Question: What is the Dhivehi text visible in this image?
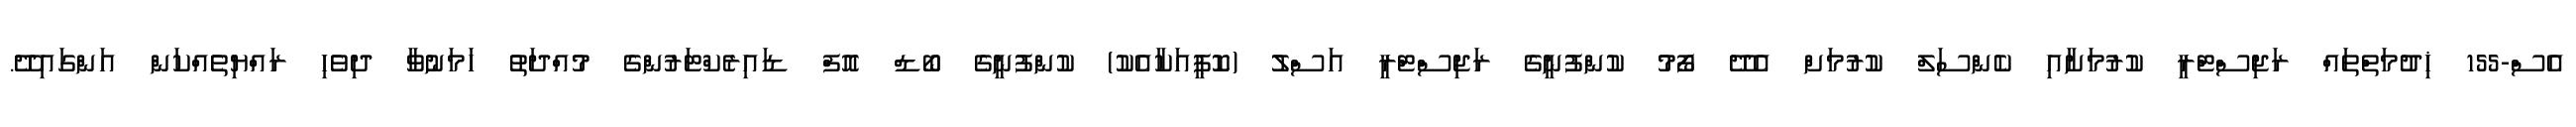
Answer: އެސް-155 ޚިދުމަތްތައް ރަޖިސްޓްރީ ކުރުމަށާއި ކެންސަލް ކުރުމަށް އެދޭ ފޯމު ކުންފުނީގެ ރަޖިސްޓްރީ އަސްލު (ކޮޕީއަކާއެކު) ކުންފުނީގެ ބޯޑް އޮފް ޑައިރެކްޓަރުންގެ މުއްދަތު ހަމަނުވާ ދިވެހި ރައްޔިތެއްކަން އަންގައިދޭ.